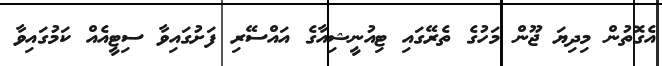
އެގޮތުން މިދިޔަ ޖޫން މަހުގެ ތެރޭގައި ޓިއުނީޝިއާގެ އައްސޭރި ފަށުގައިވާ ސިޓީއެއް ކަމުގައިވާ